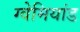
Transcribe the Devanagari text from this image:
ग्वेमियांड